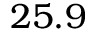
2 5 . 9